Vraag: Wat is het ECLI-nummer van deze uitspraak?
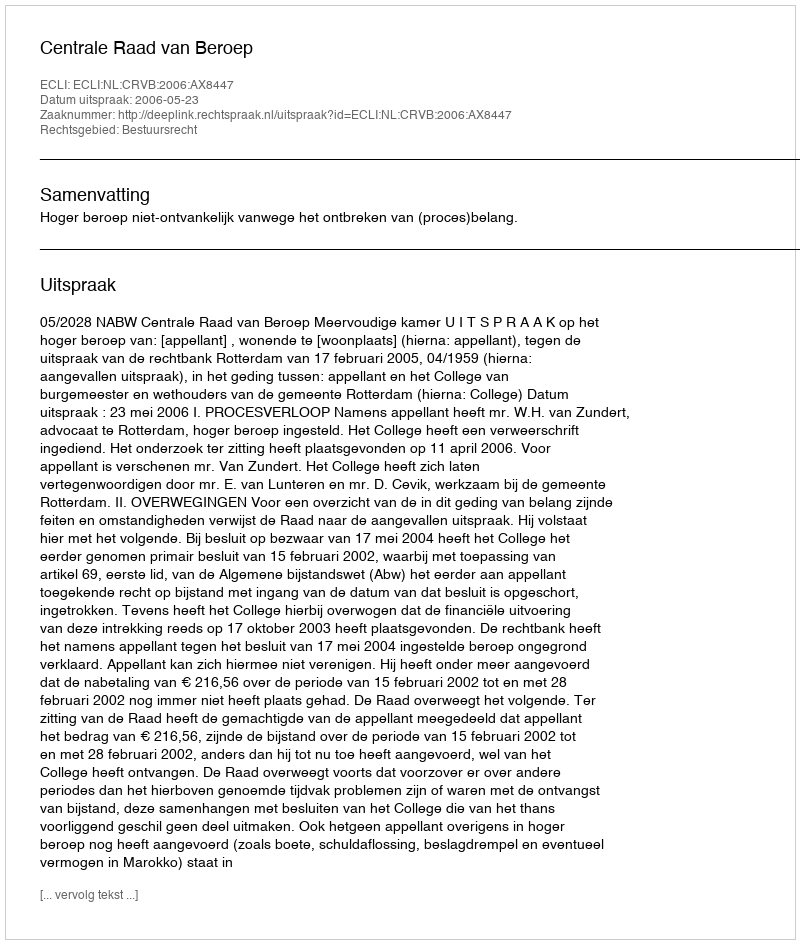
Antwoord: ECLI:NL:CRVB:2006:AX8447